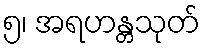
၅၊ အရဟန္တသုတ်